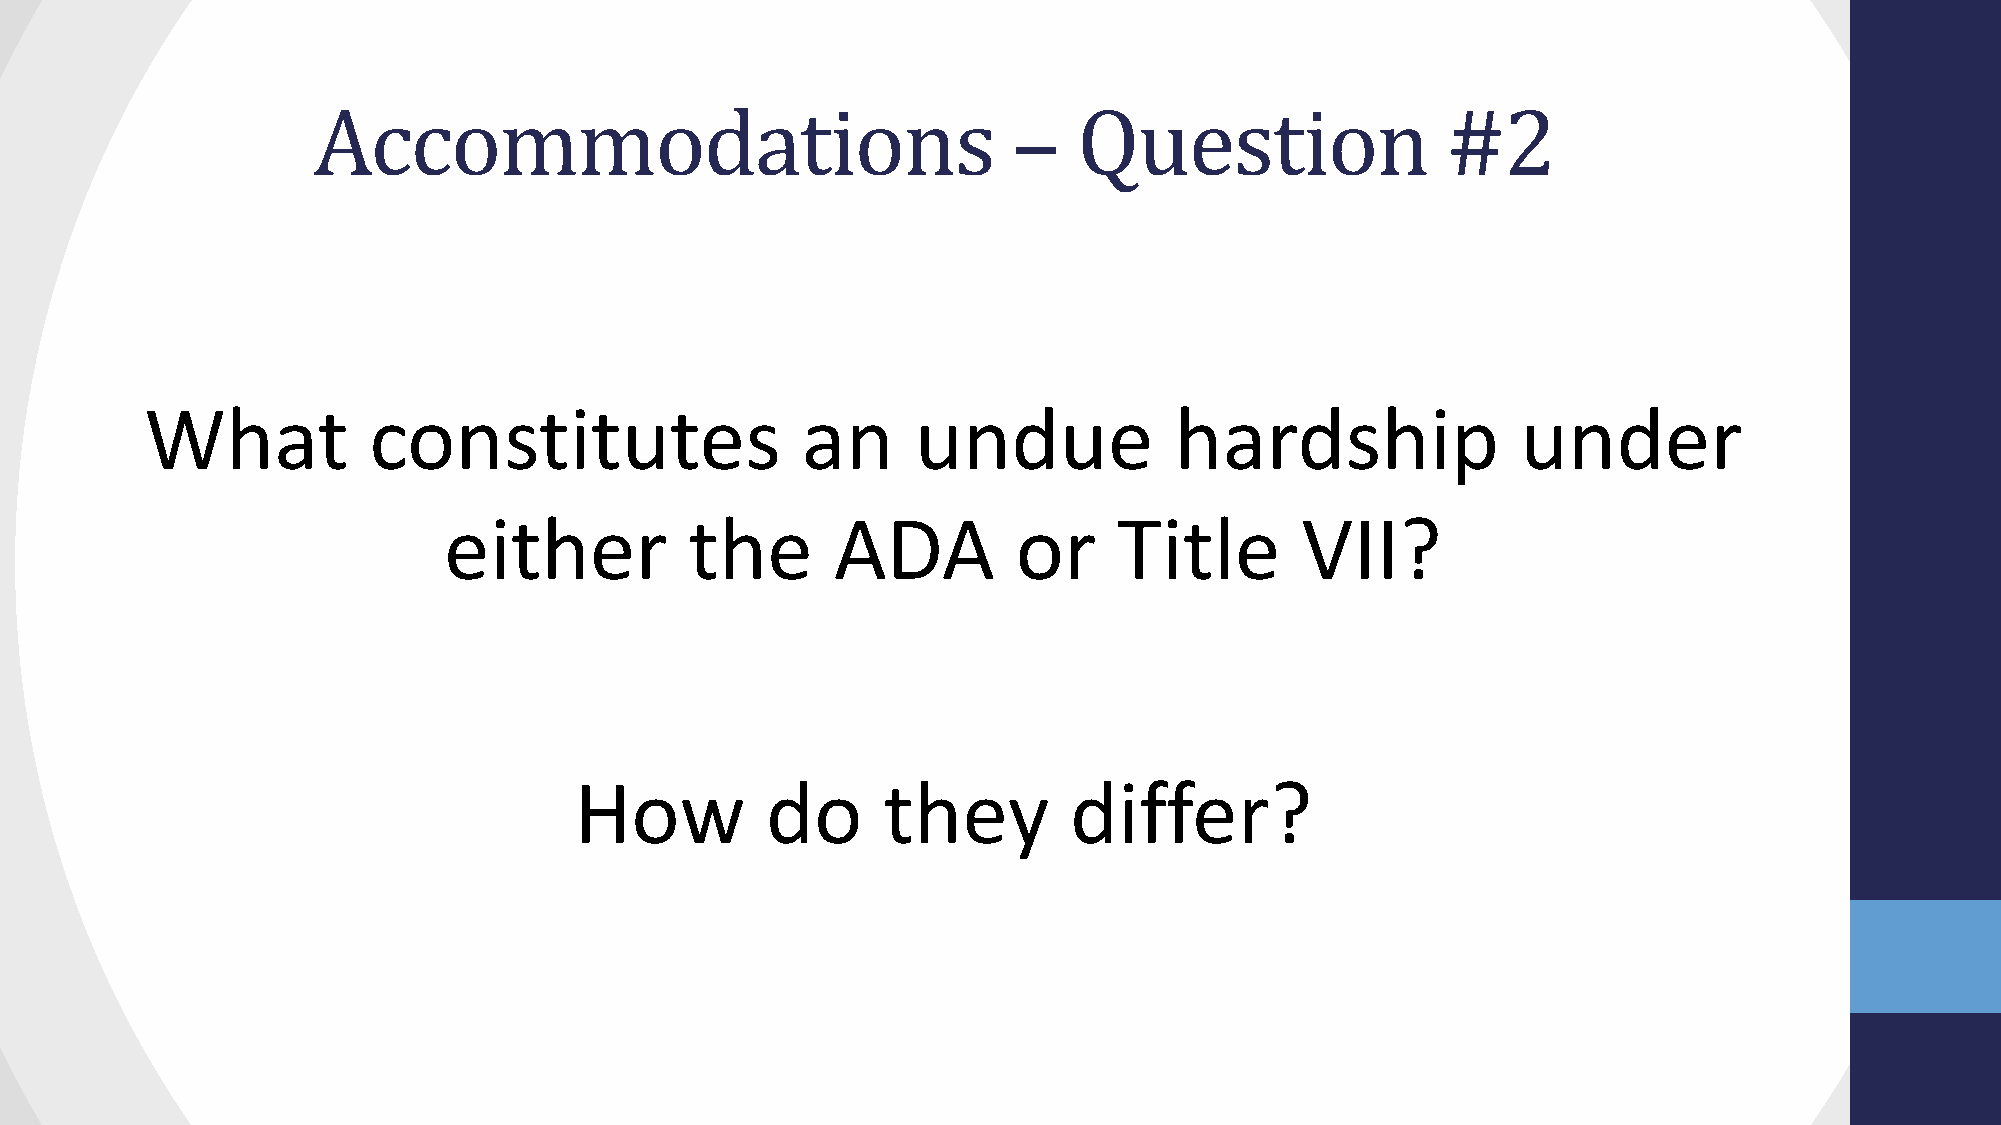
Accommodations                                –   Question                 #2
 What          constitutes                  an      undue            hardship               under
 either           the      ADA         or     Title       VII?
 How          do     they         differ?